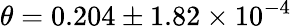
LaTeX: \theta=0.204\pm 1.82\times 10^{-4}